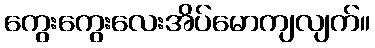
ကွေးကွေးလေးအိပ်မောကျလျက်။